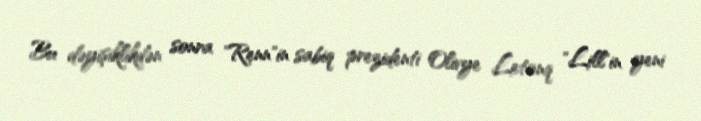
Bu dəyişiklikdən sonra "Renn"in sabiq prezidenti Olivye Letanq "Lill"in yeni